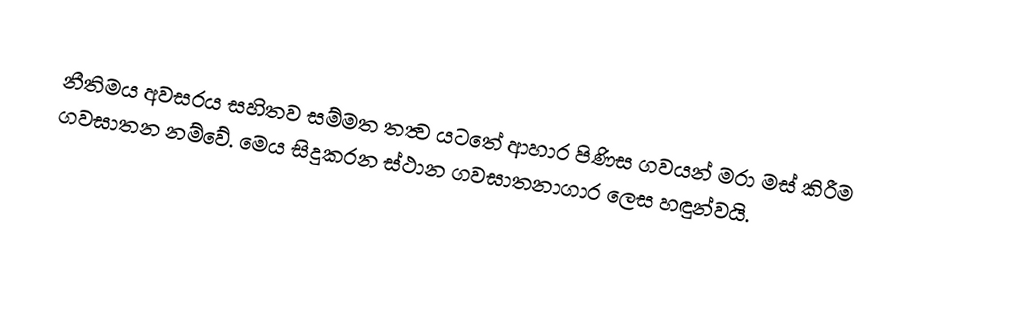
නීතිමය අවසරය සහිතව සම්මත තත්‍ව යටතේ ආහාර පිණිස ගවයන් මරා මස් කිරීම ගවඝාතන නම්වේ. මෙය සිදුකරන ස්ථාන ගවඝාතනාගාර ලෙස හඳුන්වයි.